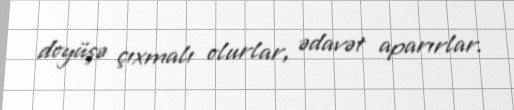
doyüşə çıxmalı olurlar, ədavət aparırlar.